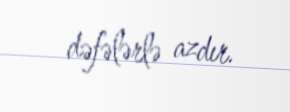
dəfələrlə azdır.